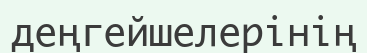
деңгейшелерінің